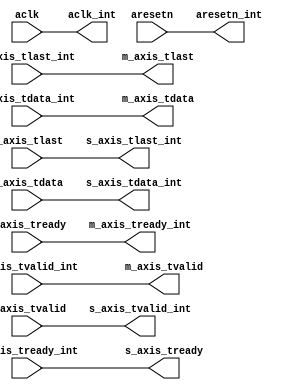

`timescale 1 ns / 1 ps
(* DONT_TOUCH = "TRUE" *)
    module axis_dbg_stub_v1_0_0_axis_dbg_stub
    #(
      parameter integer C_AXIS_DATA_WIDTH   = 32
     )
     (
      input                                   aclk,
      (* DONT_TOUCH = "TRUE" *)input                                   aresetn,
      (* DONT_TOUCH = "TRUE" *)input                                   m_axis_tready,
      (* DONT_TOUCH = "TRUE" *)output                                  m_axis_tvalid,
      (* DONT_TOUCH = "TRUE" *)output                                  m_axis_tlast,
      (* DONT_TOUCH = "TRUE" *)output [C_AXIS_DATA_WIDTH-1 : 0]        m_axis_tdata,
      (* DONT_TOUCH = "TRUE" *)input                                   s_axis_tlast,
      (* DONT_TOUCH = "TRUE" *)input                                   s_axis_tvalid,
      (* DONT_TOUCH = "TRUE" *)input  [C_AXIS_DATA_WIDTH-1 : 0]        s_axis_tdata,
      (* DONT_TOUCH = "TRUE" *)output                                  s_axis_tready,
      output                                  aclk_int,
      (* DONT_TOUCH = "TRUE" *)output                                  aresetn_int,
      (* DONT_TOUCH = "TRUE" *)input                                   s_axis_tready_int,
      (* DONT_TOUCH = "TRUE" *)output                                  s_axis_tvalid_int,
      (* DONT_TOUCH = "TRUE" *)output                                  s_axis_tlast_int,
      (* DONT_TOUCH = "TRUE" *)output [C_AXIS_DATA_WIDTH-1 : 0]        s_axis_tdata_int,
      (* DONT_TOUCH = "TRUE" *)input                                   m_axis_tlast_int,
      (* DONT_TOUCH = "TRUE" *)input                                   m_axis_tvalid_int,
      (* DONT_TOUCH = "TRUE" *)input  [C_AXIS_DATA_WIDTH-1 : 0]        m_axis_tdata_int,
      (* DONT_TOUCH = "TRUE" *)output                                  m_axis_tready_int
     );


  assign aclk_int                           = aclk;
  assign aresetn_int                        = aresetn;
  assign s_axis_tvalid_int                  = s_axis_tvalid;
  assign s_axis_tdata_int                   = s_axis_tdata;
  assign s_axis_tlast_int                   = s_axis_tlast;
  assign s_axis_tready                      = s_axis_tready_int;
  assign m_axis_tvalid                      = m_axis_tvalid_int;
  assign m_axis_tdata                       = m_axis_tdata_int;
  assign m_axis_tlast                       = m_axis_tlast_int;
  assign m_axis_tready_int                  = m_axis_tready;

endmodule